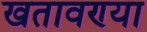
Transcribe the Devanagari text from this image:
खतावण्या